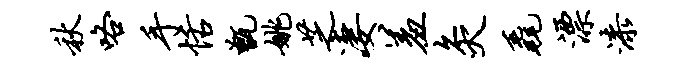
秋咯手恬甑姚芝凄羞灸毳漂漆